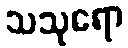
သသုရော